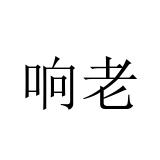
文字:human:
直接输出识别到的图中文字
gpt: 响老